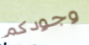
وجودكم